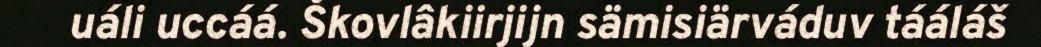
uáli uccáá. Škovlâkiirjijn sämisiärváduv tááláš